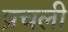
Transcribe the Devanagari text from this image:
प्रचली